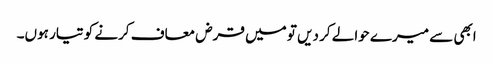
ابھی سے میرے حوالے کر دیں تو میں قرض معاف کرنے کو تیار ہوں۔